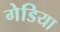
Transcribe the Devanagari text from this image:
गेडिया